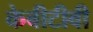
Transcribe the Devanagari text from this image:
केबीटीवी